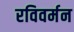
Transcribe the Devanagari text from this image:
रविवर्मन